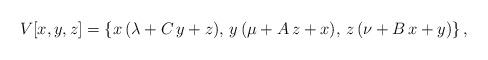
LaTeX: \begin{align*}V[x,y,z] = \{ x\,(\lambda + C\,y + z), \, y\,(\mu + A\,z + x) , \,z\,(\nu + B\,x + y)\}\,,\end{align*}